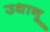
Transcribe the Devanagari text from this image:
उधानू